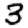
Digit: 3